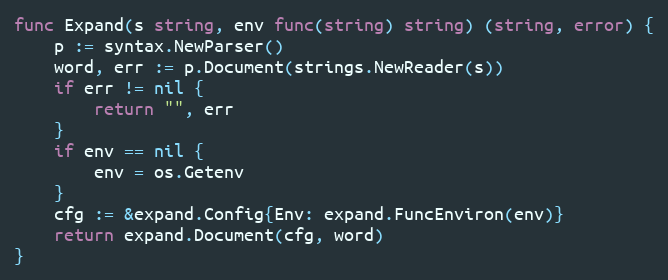
Language: Go
func Expand(s string, env func(string) string) (string, error) {
	p := syntax.NewParser()
	word, err := p.Document(strings.NewReader(s))
	if err != nil {
		return "", err
	}
	if env == nil {
		env = os.Getenv
	}
	cfg := &expand.Config{Env: expand.FuncEnviron(env)}
	return expand.Document(cfg, word)
}